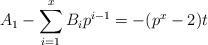
LaTeX: \begin{align*}A_1 - \sum_{i=1}^x B_i p^{i-1}= -(p^x-2) t\end{align*}